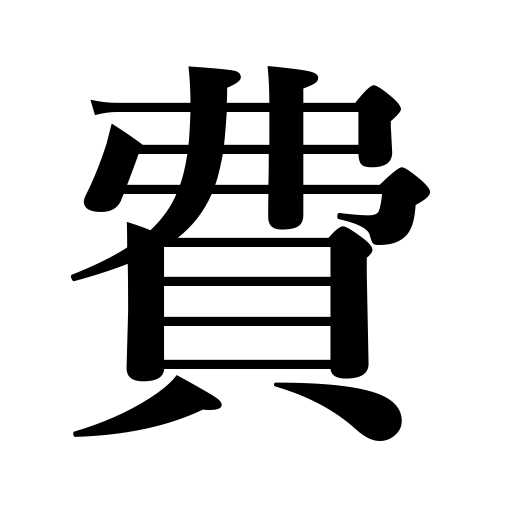
Meanings: spend,waste,be wasted,cost,expenses,become less,consume